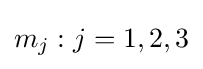
m_{j}:j=1,2,3